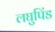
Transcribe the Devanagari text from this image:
लघुपिंड